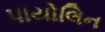
પાયોલિન